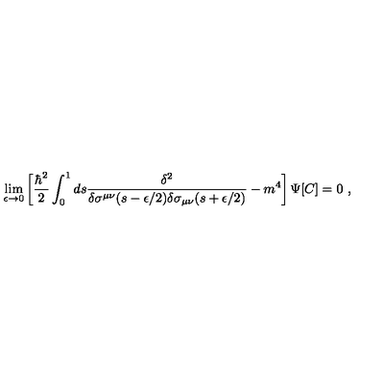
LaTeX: \lim _ { \epsilon \rightarrow 0 } \left[ { \frac { \hbar ^ { 2 } } { 2 } } \int _ { 0 } ^ { 1 } d s { \frac { \delta ^ { 2 } } { \delta \sigma ^ { \mu \nu } ( s - \epsilon / 2 ) \delta \sigma _ { \mu \nu } ( s + \epsilon / 2 ) } } - m ^ { 4 } \right] \Psi [ C ] = 0 \ ,